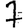
Digit: 7